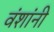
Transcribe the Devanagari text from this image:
वंशांनी